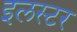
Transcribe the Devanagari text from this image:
इलस्टर